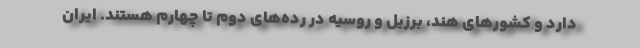
دارد و کشورهای هند، برزیل و روسیه در رده‌های دوم تا چهارم هستند. ایران